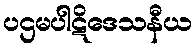
ပဌမပါဋိဒေသနီယ